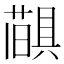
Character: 𦼨